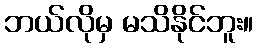
ဘယ်လိုမှ မသိနိုင်ဘူး။